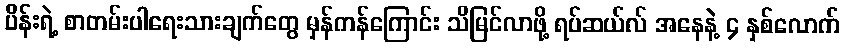
ပိန်းရဲ့ စာတမ်းပါရေးသားချက်တွေ မှန်ကန်ကြောင်း သိမြင်လာဖို့ ရပ်ဆယ်လ် အနေနဲ့ ၄ နှစ်လောက်